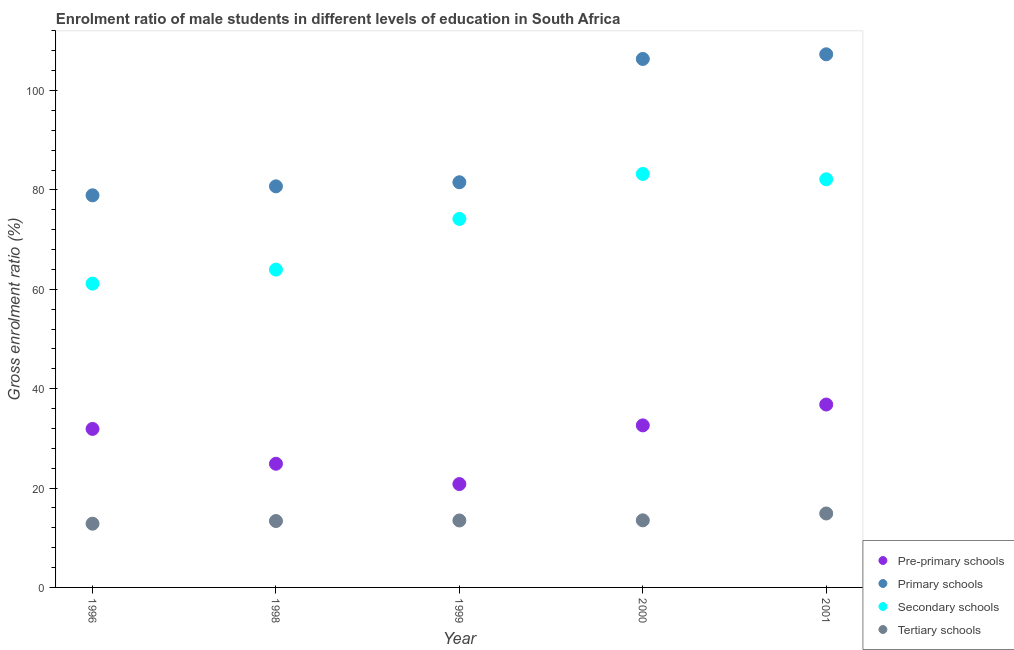
| Year | Pre-primary schools | Primary schools | Secondary schools | Tertiary schools |
 | --- | --- | --- | --- | --- |
 | 1996 | 31.9 | 78.9 | 61.1 | 12.8 |
 | 1998 | 24.9 | 80.7 | 64 | 13.4 |
 | 1999 | 20.8 | 81.5 | 74.2 | 13.5 |
 | 2000 | 32.6 | 106 | 83.2 | 13.5 |
 | 2001 | 36.8 | 107 | 82.1 | 14.9 |